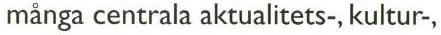
många centrala aktualitets-, kultur-,